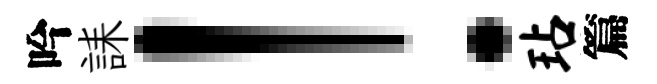
吟誄！玷篇